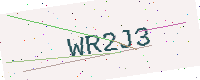
Text: WR2J3